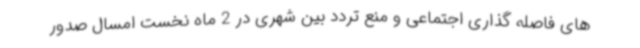
های فاصله گذاری اجتماعی و منع تردد بین شهری در 2 ماه نخست امسال صدور